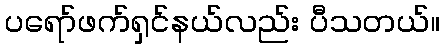
ပရော်ဖက်ရှင်နယ်လည်း ပီသတယ်။